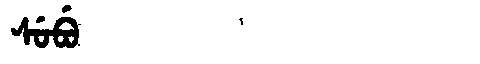
Manchu: ᠰᡠᠪᡠ
Romanization: SUBU